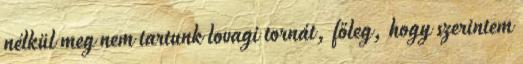
nélkül meg nem tartunk lovagi tornát, főleg, hogy szerintem